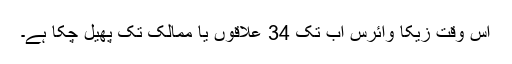
اس وقت زیکا وائرس اب تک 34 علاقوں یا ممالک تک پھیل چکا ہے۔